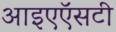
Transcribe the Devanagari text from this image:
आइएऍसटी